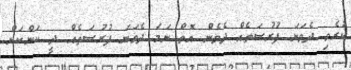
ކުރެވި ދެވަނަ ފުރުސަތެއް ދެވެން އޮތް ނަމަ ދެވަނަ ފުރުސަތެއް ދީ ކަންކަން